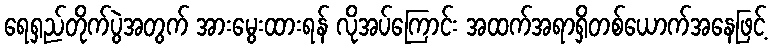
ရေရှည်တိုက်ပွဲအတွက် အားမွေးထားရန် လိုအပ်ကြောင်း အထက်အရာရှိတစ်ယောက်အနေဖြင့်